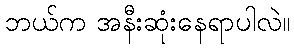
ဘယ်က အနီးဆုံးနေရာပါလဲ။